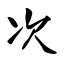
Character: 次